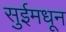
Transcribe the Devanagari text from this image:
सुईमधून